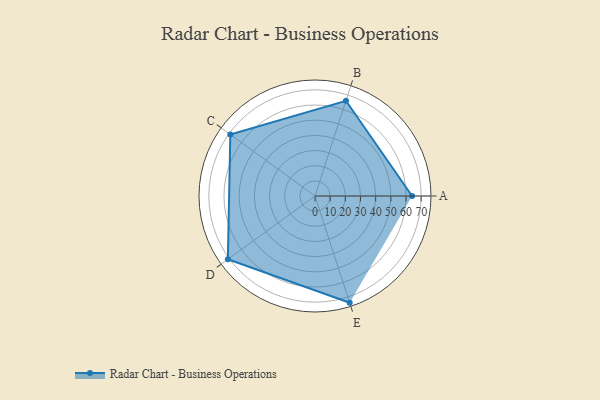
{"axis": {"x": "Skill", "y": "Score"}, "legend": ["Profile"], "data": [{"x": "A", "y": 64.0, "type": "Profile"}, {"x": "B", "y": 66.0, "type": "Profile"}, {"x": "C", "y": 69.0, "type": "Profile"}, {"x": "D", "y": 71.0, "type": "Profile"}, {"x": "E", "y": 74.0, "type": "Profile"}]}